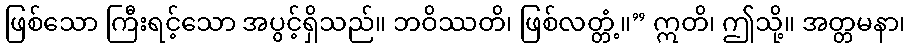
ဖြစ်သော ကြီးရင့်သော အပွင့်ရှိသည်။ ဘဝိဿတိ၊ ဖြစ်လတ္တံ့။” ဣတိ၊ ဤသို့။ အတ္တမနာ၊